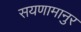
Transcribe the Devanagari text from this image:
सयणामानुर